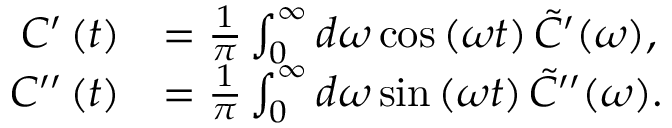
\begin{array} { r l } { C ^ { \prime } \left( t \right) } & { = \frac { 1 } { \pi } \int _ { 0 } ^ { \infty } d \omega \cos \left( \omega t \right) \tilde { C } ^ { \prime } ( \omega ) , } \\ { C ^ { \prime \prime } \left( t \right) } & { = \frac { 1 } { \pi } \int _ { 0 } ^ { \infty } d \omega \sin \left( \omega t \right) \tilde { C } ^ { \prime \prime } ( \omega ) . } \end{array}